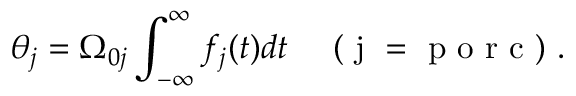
\theta _ { j } = \Omega _ { 0 j } \int _ { - \infty } ^ { \infty } f _ { j } ( t ) d t \quad \mathrm { ~ ( ~ j ~ = ~ p ~ o ~ r ~ c ~ ) ~ } .